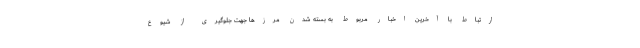
ارتباط با آخرین اخبار مربوط به بسته شدن مرزها جهت جلوگیری از شیوع